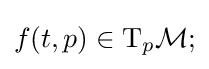
f(t,p)\in \mathrm {T} _{p}{\mathcal {M}};